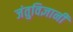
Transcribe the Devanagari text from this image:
जंतुविज्ञानी